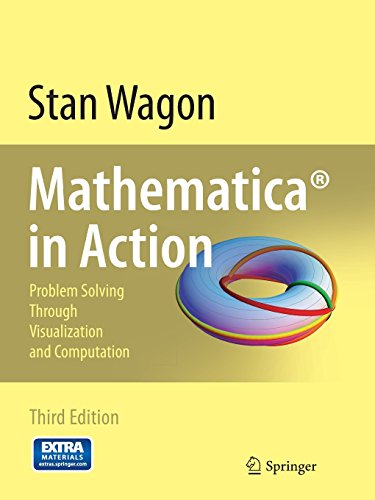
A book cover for MathematicaÂ® in Action: Problem Solving Through Visualization and Computation; Stan Wagon; Science & Math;